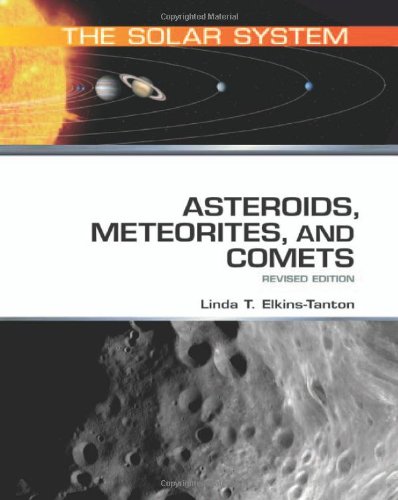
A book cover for Asteroids, Meteorites, and Comets (The Solar System); Linda T. Elkins-Tanton; Science & Math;